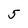
Character: 5